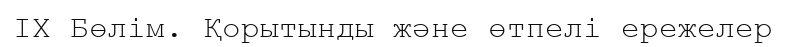
IX Бөлім. Қорытынды және өтпелі ережелер